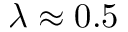
\lambda \approx 0 . 5